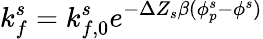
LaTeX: k_{f}^{s}=k_{f,0}^{s}e^{-\Delta Z_{s}\beta(\phi_{p}^{s}-\phi^{s})}